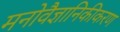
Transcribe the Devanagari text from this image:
मनोवैज्ञानिकीकरण